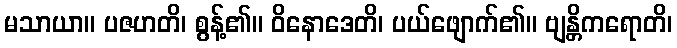
မသာယာ။ ပဇဟတိ၊ စွန့်၏။ ဝိနောဒေတိ၊ ပယ်ဖျောက်၏။ ဗျန္တိကရောတိ၊